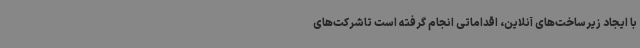
با ایجاد زیرساخت‌های آنلاین، اقداماتی انجام گرفته است تاشرکت‌های